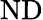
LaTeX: \mathrm{ND}